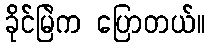
ခိုင်မြဲက ပြောတယ်။